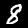
Digit: 8